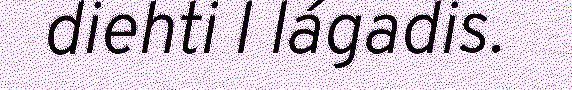
diehti l lágadis.